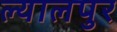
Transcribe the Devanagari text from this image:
ल्यालपुर